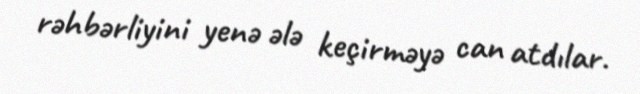
rəhbərliyini yenə ələ keçirməyə can atdılar.